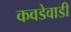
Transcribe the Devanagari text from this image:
कवडेवाडी